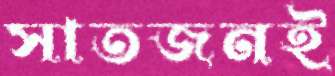
সাতজনই